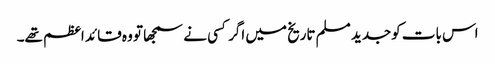
اس بات کوجدید مسلم تاریخ میں اگر کسی نے سمجھا تو وہ قائد اعظم تھے۔